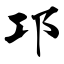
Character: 邛